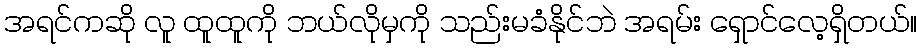
အရင်ကဆို လူ ထူထူကို ဘယ်လိုမှကို သည်းမခံနိုင်ဘဲ အရမ်း ရှောင်လေ့ရှိတယ်။